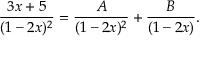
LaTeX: { \frac { 3 x + 5 } { ( 1 - 2 x ) ^ { 2 } } } = { \frac { A } { ( 1 - 2 x ) ^ { 2 } } } + { \frac { B } { ( 1 - 2 x ) } } .